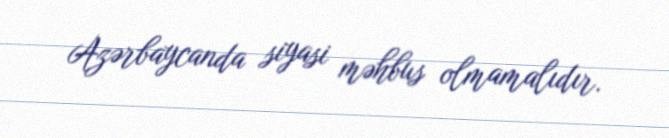
Azərbaycanda siyasi məhbus olmamalıdır.